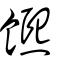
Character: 𩟄